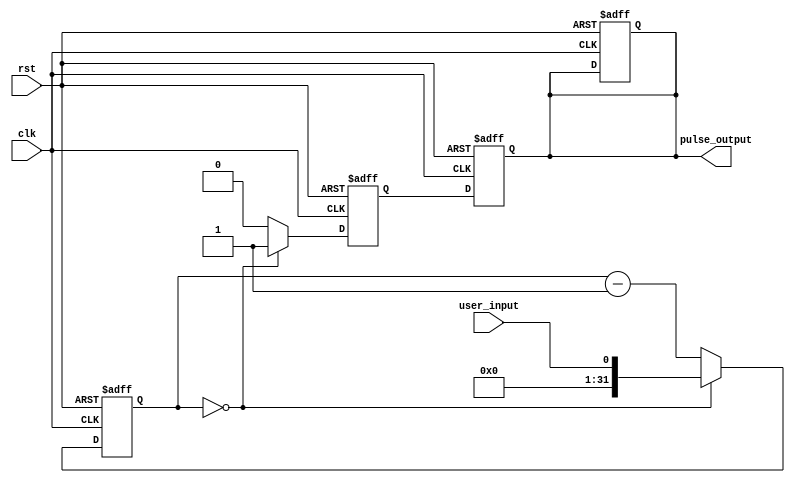
module Variable_Frequency_Pulse_Generator (
    input  clk,            // Clock input
    input  rst,            // Reset input
    input  user_input,     // User input for frequency adjustment
    output pulse_output    // Output pulse signal
);

// Define internal signals and parameters
parameter PERIOD = 10;   // Default period for pulse generation
reg [31:0] counter;       // Counter for timing control
reg pulse;                // Output pulse signal
reg sync_pulse;           // Synchronized pulse signal

// Timing control block
always @(posedge clk or posedge rst) begin
    if (rst) begin
        counter <= 0;
        pulse <= 0;
        sync_pulse <= 0;
    end else begin
        if (counter == 0) begin
            pulse <= 1;
            counter <= user_input; // Adjust frequency based on user input
        end else begin
            pulse <= 0;
            counter <= counter - 1;
        end
    end
end

// Synchronization block
always @(posedge clk or posedge rst) begin
    if (rst) begin
        sync_pulse <= 0;
    end else begin
        sync_pulse <= pulse;
    end
end

// Assign output pulse signal
assign pulse_output = sync_pulse;

endmodule